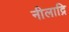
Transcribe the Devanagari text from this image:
नीलाद्रि